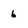
Character: 6